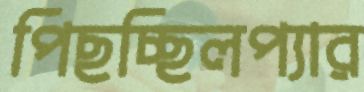
পিছচ্ছিলপ্যার